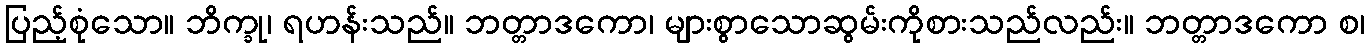
ပြည့်စုံသော။ ဘိက္ခု၊ ရဟန်းသည်။ ဘတ္တာဒကော၊ များစွာသောဆွမ်းကိုစားသည်လည်း။ ဘတ္တာဒကော စ၊